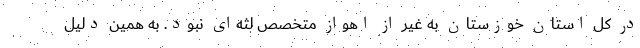
در کل استان خوزستان به غیر از اهواز متخصص لثه‌ای نبود. به همین دلیل